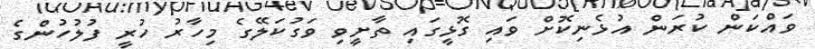
ވައްކަން ކުރަން އުޅެނިކޮށް ވައި ގޮޅީގައި ތާށީވި ވަގުކަލޭގެ މިހާރު ހުރީ ފުލުހުންގެ